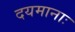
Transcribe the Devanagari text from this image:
दयमानाः